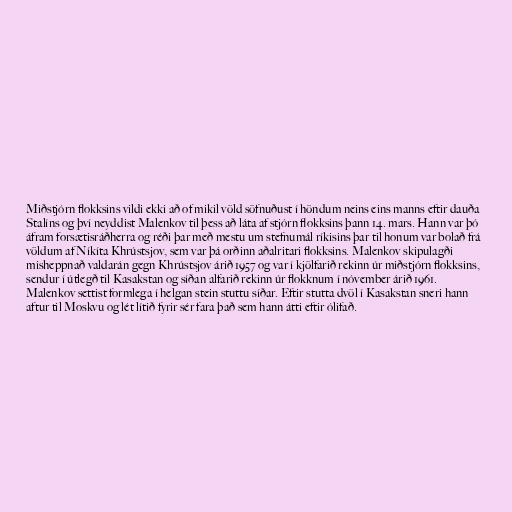
Miðstjórn flokksins vildi ekki að of mikil völd söfnuðust í höndum neins eins manns eftir dauða
Stalíns og því neyddist Malenkov til þess að láta af stjórn flokksins þann 14. mars. Hann var þó
áfram forsætisráðherra og réði þar með mestu um stefnumál ríkisins þar til honum var bolað frá
völdum af Níkíta Khrústsjov, sem var þá orðinn aðalritari flokksins. Malenkov skipulagði
misheppnað valdarán gegn Khrústsjov árið 1957 og var í kjölfarið rekinn úr miðstjórn flokksins,
sendur í útlegð til Kasakstan og síðan alfarið rekinn úr flokknum í nóvember árið 1961.
Malenkov settist formlega í helgan stein stuttu síðar. Eftir stutta dvöl í Kasakstan sneri hann
aftur til Moskvu og lét lítið fyrir sér fara það sem hann átti eftir ólifað.